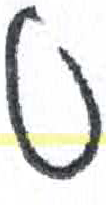
אות: ס